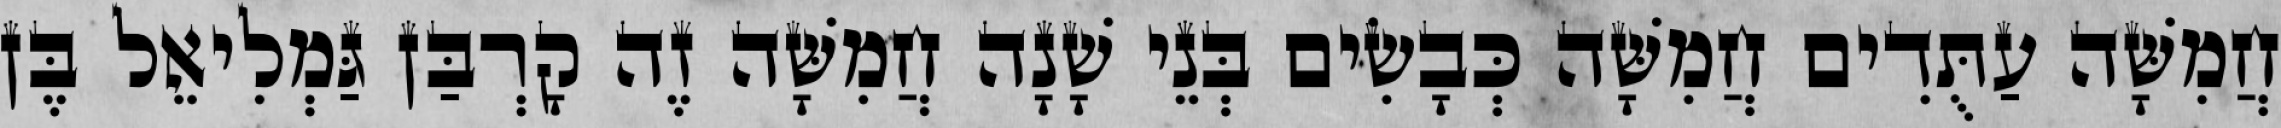
חֲמִשָּׁה עַתֻּדִים חֲמִשָּׁה כְּבָשִׂים בְּנֵי שָׁנָה חֲמִשָּׁה זֶה קָרְבַּן גַּמְלִיאֵל בֶּן